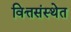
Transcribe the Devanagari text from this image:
वित्तसंस्थेत